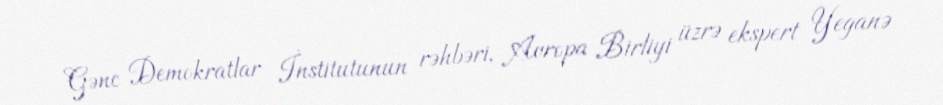
Gənc Demokratlar İnstitutunun rəhbəri, Avropa Birliyi üzrə ekspert Yeganə